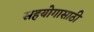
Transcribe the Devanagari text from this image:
सहयोगासाठी